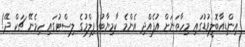
އިންޑިއާބޮލީވުޑުގައި މިހާތަނަށް އުފެއްދި އެންމެ ކާމިޔާބު ފިލްމުގެ ލިސްޓުގައި ހިމެނޭ ޗަކް ދޭ!